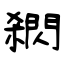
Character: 閷